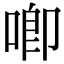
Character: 唧